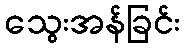
သွေးအန်ခြင်း